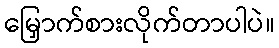
မြှောက်စားလိုက်တာပါပဲ။